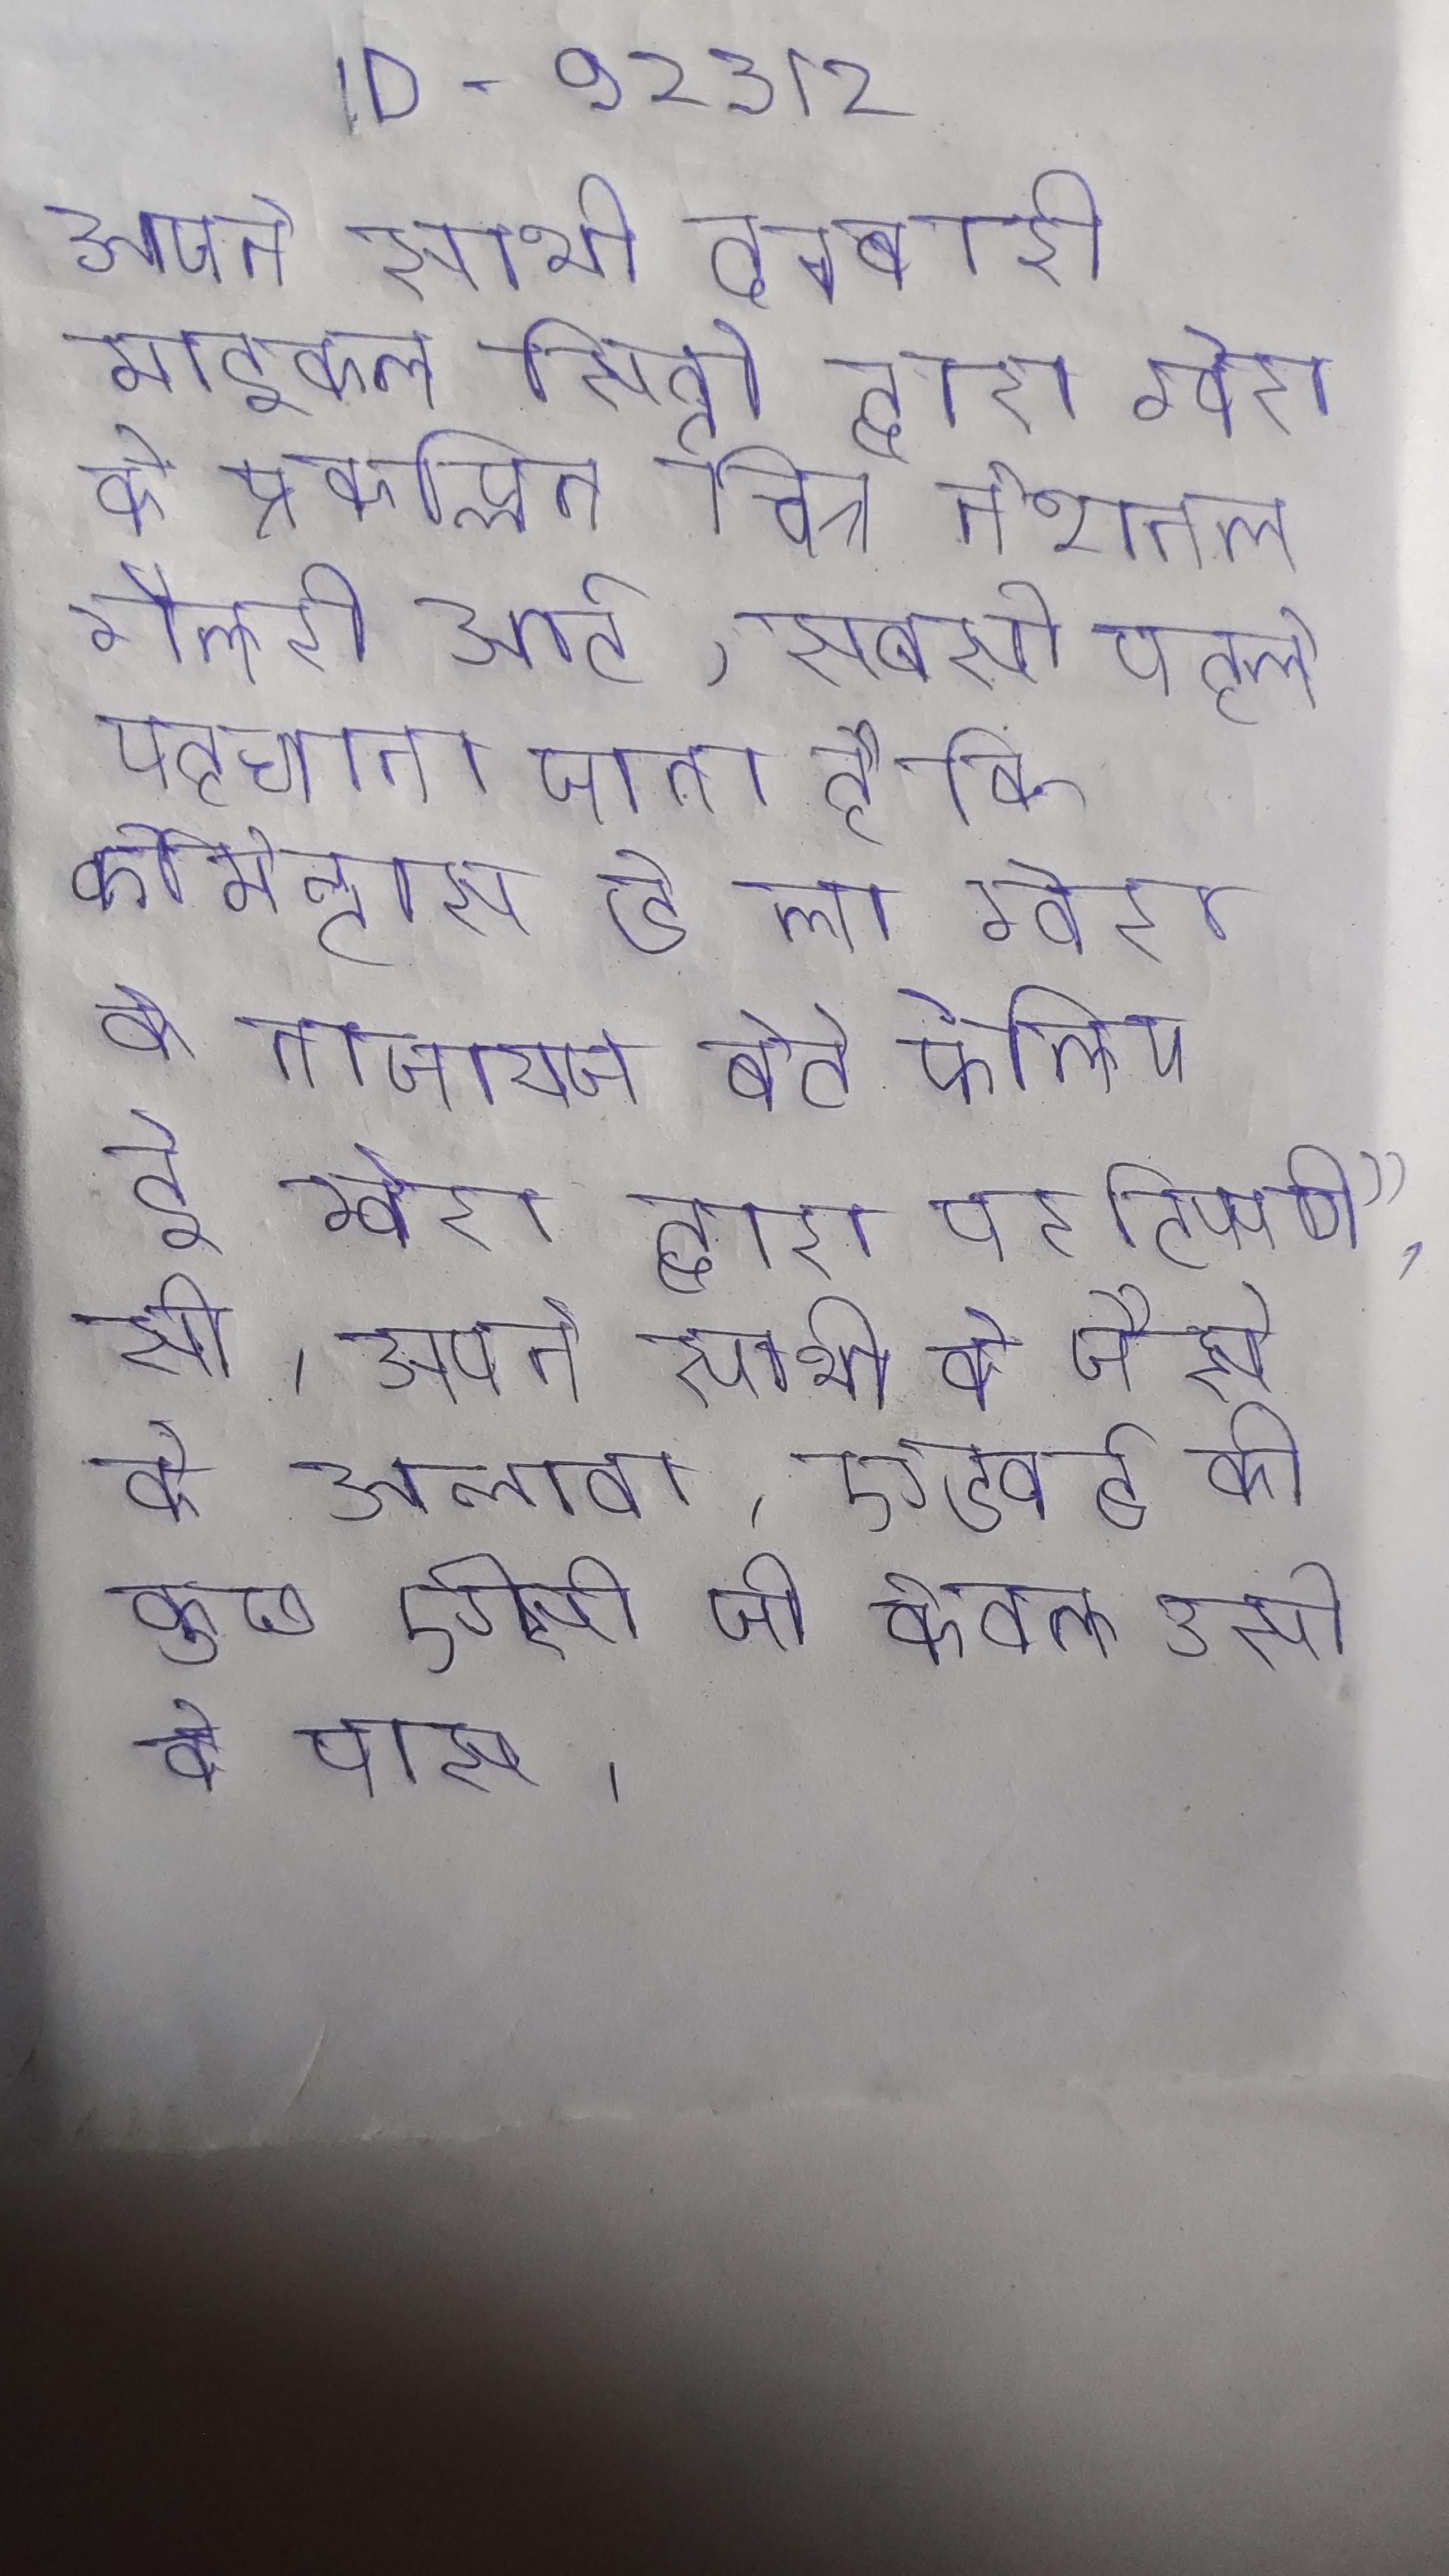
अपने साथी दरबारी माइकल सिट्टो द्वारा ग्वेरा के प्रकल्पित चित्र, शायद लगभग और अब नेशनल गैलरी आर्ट, सबसे पहले पहचाना जाता है कि कोमेन्टास डे ला ग्वेरा के नाजायज बेटे फेलिप डे ग्वेरा द्वारा पर टिप्पणी", सी । अपने साथी के जैसे के अलावा, एडवर्ड की कुछ ऐसी जो केवल उसी के पास ।